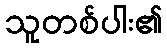
သူတစ်ပါး၏